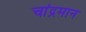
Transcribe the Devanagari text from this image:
चांद्रमान